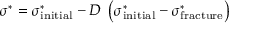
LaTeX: \sigma ^ { * } = \sigma _ { \mathrm { { i n i t i a l } } } ^ { * } - D ~ \left( \sigma _ { \mathrm { { i n i t i a l } } } ^ { * } - \sigma _ { \mathrm { { f r a c t u r e } } } ^ { * } \right)